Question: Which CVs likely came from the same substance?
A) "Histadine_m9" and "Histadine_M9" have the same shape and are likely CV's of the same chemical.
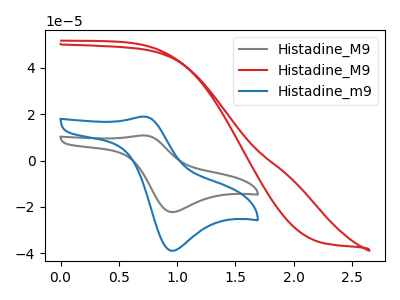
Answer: <think>The gray curve "Histadine_M9" has an anodic peak at (0.70V, 10.80uA) and a cathodic peak at (0.95V, -22.25uA). The red curve "Histadine_M9" has no peaks. The blue curve "Histadine_m9" has an anodic peak at (0.70V, 18.95uA) and a cathodic peak at (0.95V, -38.95uA).
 "Histadine_M9" and "Histadine_M9" have a different number of peaks. All the peaks in "Histadine_M9" have a peak in "Histadine_m9" at the same potential. Every peak in "Histadine_M9" is lower than every peak in "Histadine_m9". "Histadine_M9" and "Histadine_m9" have a different number of peaks.</think>
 <answer>A) "Histadine_m9" and "Histadine_M9" have the same shape and are likely CV's of the same chemical.</answer>
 <eval>A</eval>